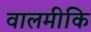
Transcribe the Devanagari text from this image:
वालमीकि